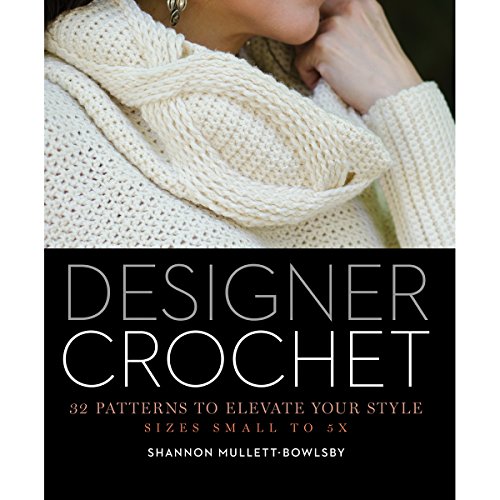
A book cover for Designer Crochet: 32 Patterns to Elevate Your Style; Shannon Mullett-Bowlsby; Crafts, Hobbies & Home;